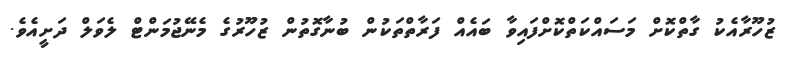
ޒުހޫރާއެކު ގާތްކޮށް މަސައްކަތްކޮށްފައިވާ ބައެއް ފަރާތްތަކުން ބުނާގޮތުން ޒުހޫރުގެ މެނޭޖުމަންޓް ލެވަލް ދަށީއެވެ.